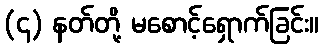
(၄) နတ်တို့ မစောင့်ရှောက်ခြင်း။